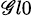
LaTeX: _{\mathscr{G}l0}